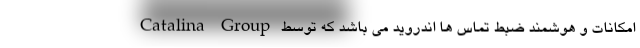
امکانات و هوشمند ضبط تماس ها اندروید می باشد که توسط Catalina Group